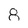
Character: 8